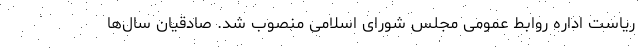
ریاست اداره روابط‌ عمومی مجلس شورای اسلامی منصوب شد. صادقیان سال‌ها